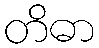
တိဓာ